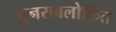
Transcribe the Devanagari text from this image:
पुनरावलोकित